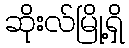
ဆိုးလ်မြို့ရှိ